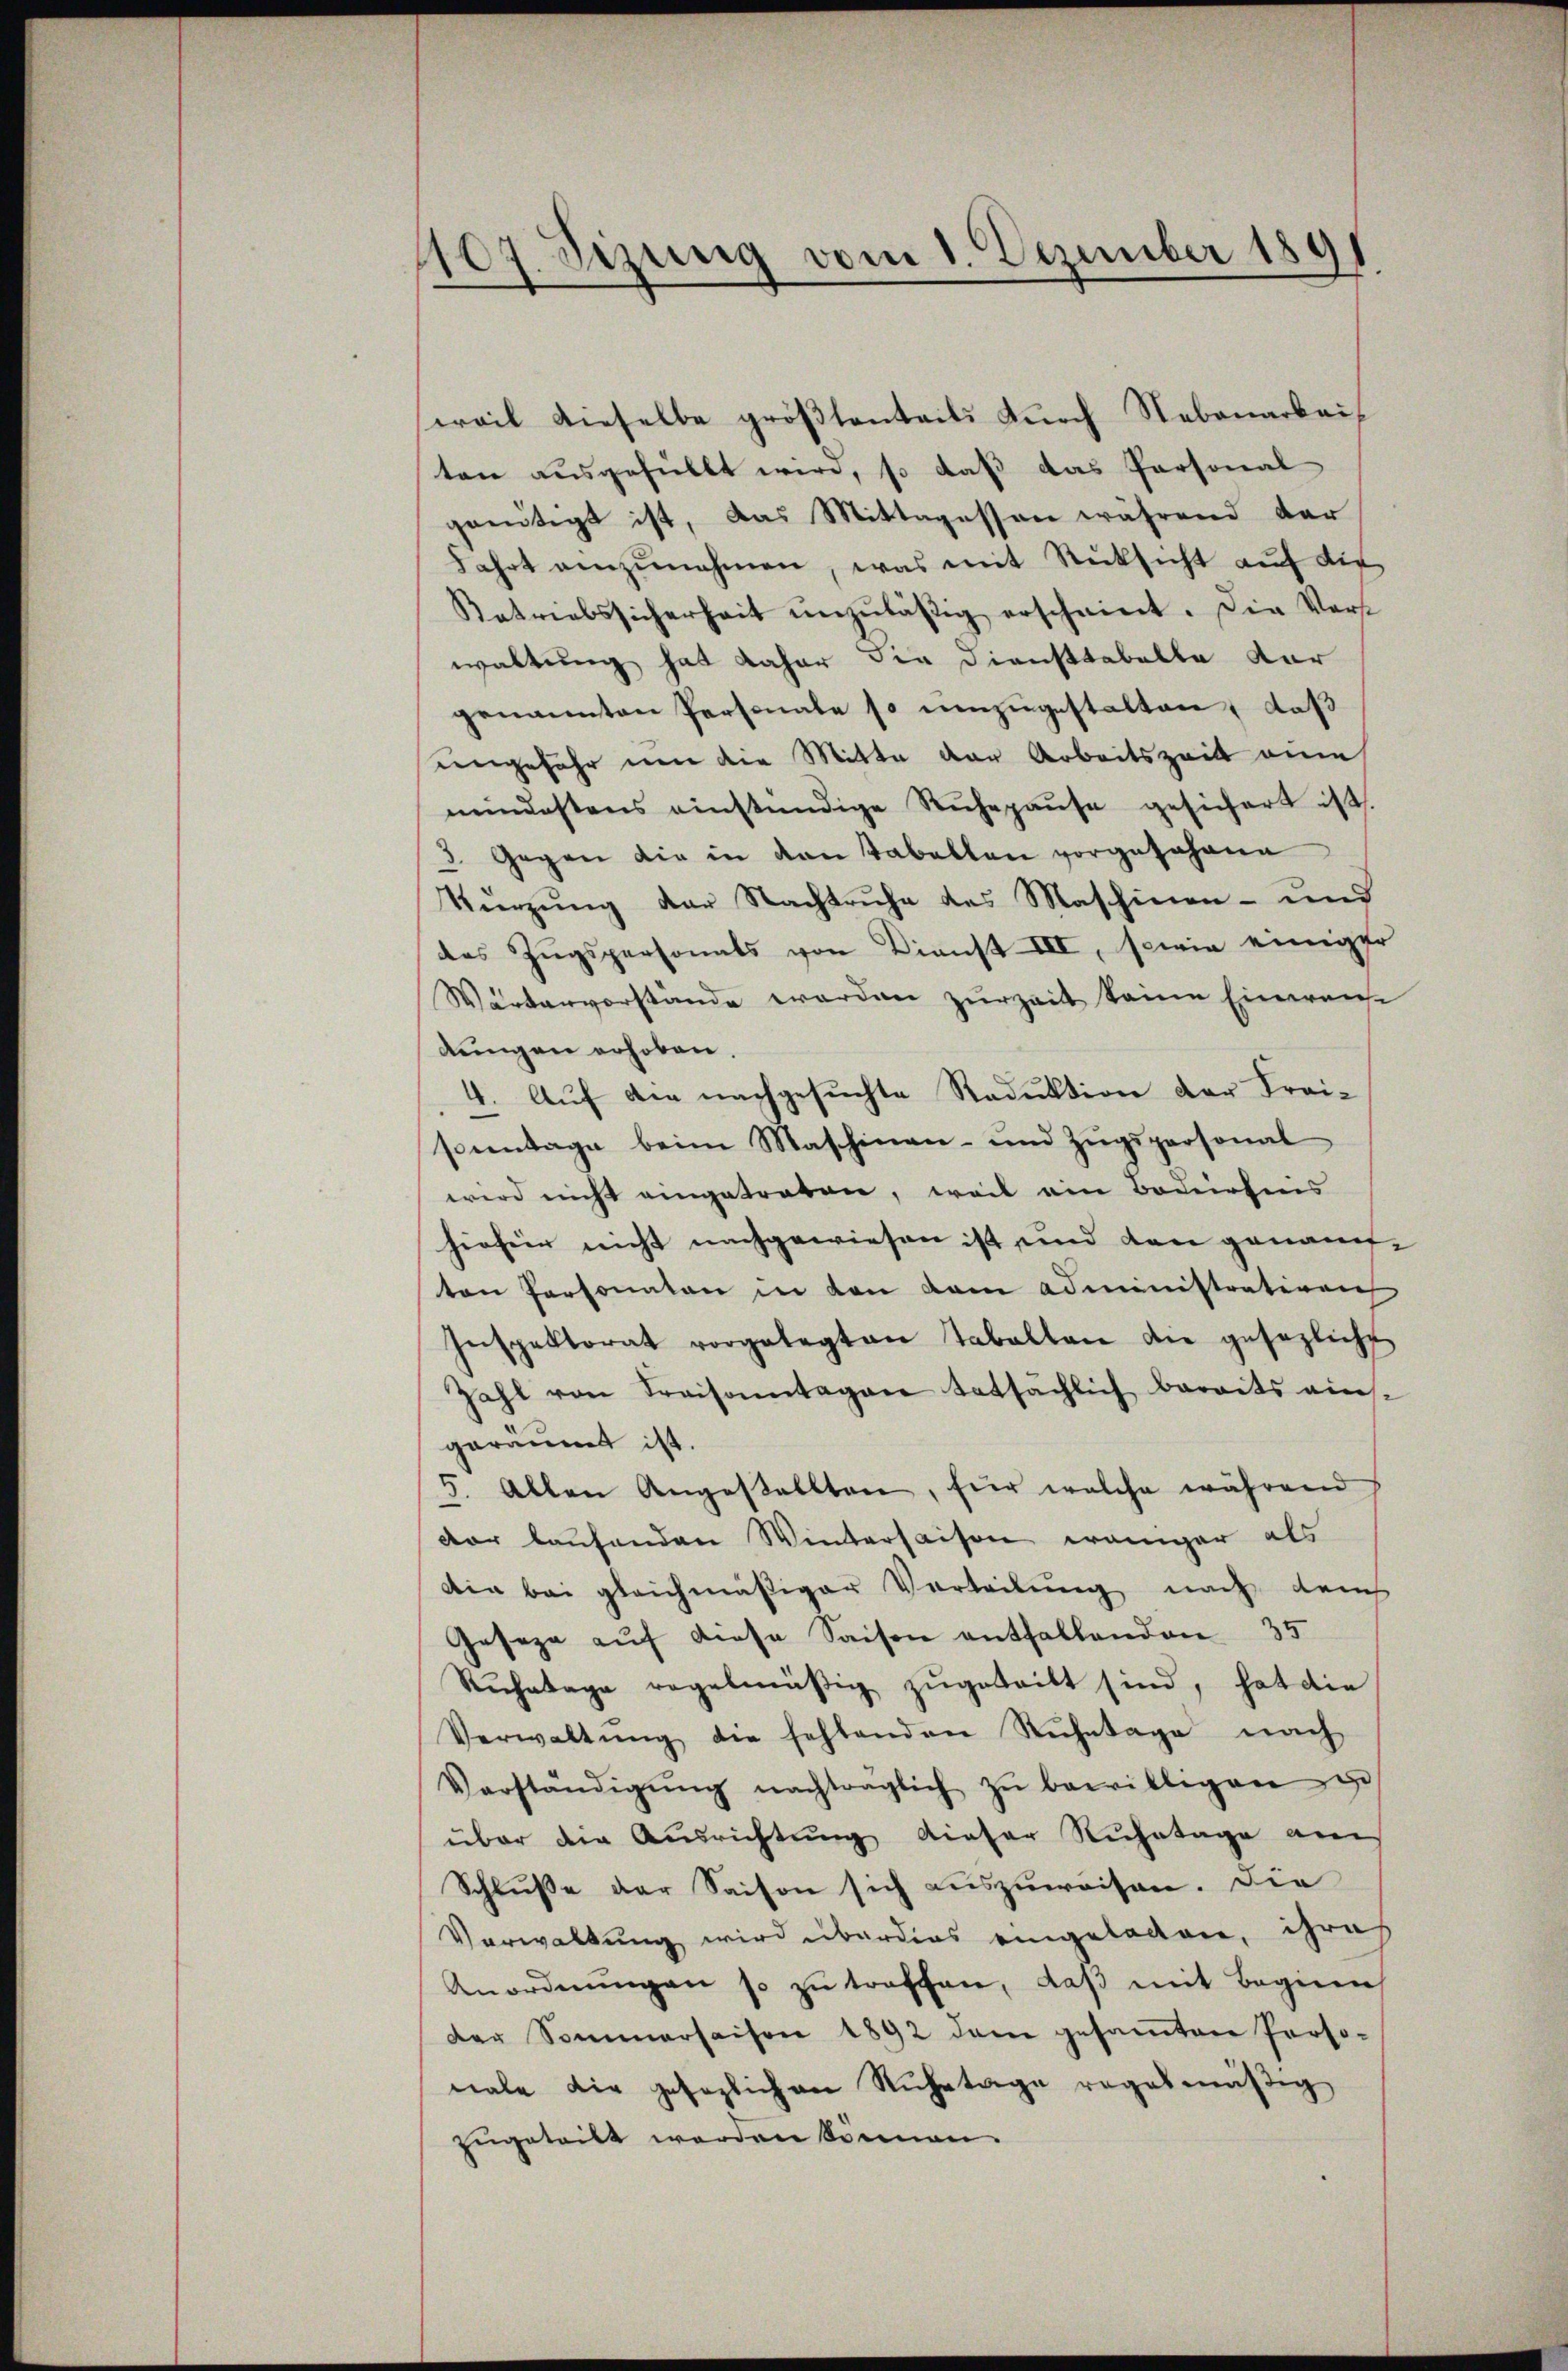
1107. Sizung vom 1. Dezember 1891

sweil dieselbe größtenteils durch Nebenarbei
ten ausgefüllt wird, so daß das Personal
greutigt ist, das Mittagessen während der
Fahrt einzŭnehmen, was mit Rücksicht auf die
Retriebssicherheit unzuläßig erscheint. Die Vors
waltung hat daher die Dienstabelle dor
genannten Personale so umzugestalten, daß
angefähr von die Mitte der Arbeitszeit eine
mindestens einstündige Ruhepause gesichert ist.
d. Gegen die in den Tabellen vorgeJohann
Kürzung der Nachtruhe des Maschinen- und
des Zugspersonats von Dienst III, sowie einiger
Wärtervorstande worden zur Zeit keine Einweise
dungen erhoben,
4. Auf die nachgesuchte Reduktion der Freisoientage beim Maschinen- und Zŭgspersonal
wird nicht eingetraten, weil am Bodirheis
hirher nicht nachgewiesen ist und den genannten Personaten in den kam administrativen
Inspektorat vorgelegten Tabalten die gesezliche
Zahl von Preisamtagen tatsächlich bereits eins-
geräumt ist.
5. Allen Angestellten, für welche während
der laufenden Wintersaison weniger als
Die bei gleichmäßiger Vertheilung nach den
Geseze auf diese Saisen entfallenden 35
Ruhetage regelmäßig zugeteilt sind, hat die
Verwaltŭng die fehlenden Rŭhetage nach
Verständigŭng nachträglich zŭ bewilligen g
über die Ausrichtŭng dieser Ruhetage am
Schluße der Saison sich auszuweisen. Die
Verwaltung wird überdies eingeladen, ihrer
Anordnŭngen so zŭ treffen, daβ mit Beginn
der Sommersaison 1892 dem gesamten Perso-
nale die gesezlichen Ruhetage regelmäßig
zugetritt werden können.